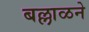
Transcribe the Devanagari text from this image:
बल्लाळने